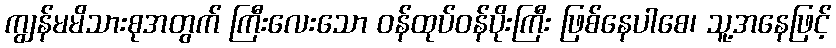
ကျွန်မမိသားစုအတွက် ကြီးလေးသော ဝန်ထုပ်ဝန်ပိုးကြီး ဖြစ်နေပါစေ၊ သူ့အနေဖြင့်